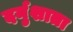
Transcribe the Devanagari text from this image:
दर्नुशाता